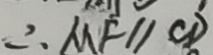
\therefore M F / / C D